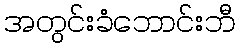
အတွင်းခံဘောင်းဘီ